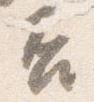
否